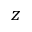
z